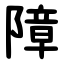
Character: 障